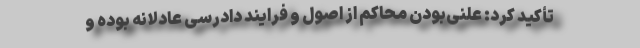
تأکید کرد: علنی‌بودن محاکم از اصول و فرایند دادرسی عادلانه بوده و